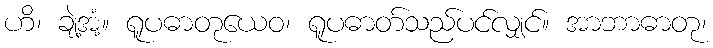
ဟိ၊ ချဲ့အံ့။ ရူပဓာတုယေဝ၊ ရူပဓာတ်သည်ပင်လျှင်။ အာဘာဓာတု၊